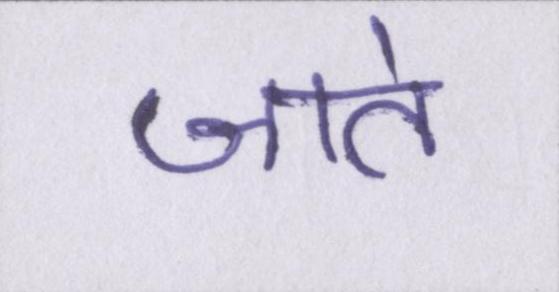
जाते